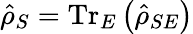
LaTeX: \hat{\rho}_{S}=\textrm{Tr}_{E}\left(\hat{\rho}_{SE}\right)